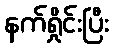
နက်ရှိုင်းပြီး